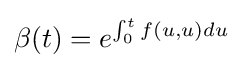
\beta (t)=e^{\int _{0}^{t}f(u,u)du}